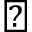
\backprime